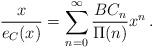
LaTeX: \begin{align*} \frac{x}{e_C(x)}=\sum_{n=0}^\infty\frac{BC_n}{\Pi(n)}x^n\,. \end{align*}